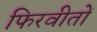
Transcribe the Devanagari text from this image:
फिरवीतों